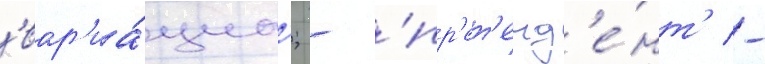
'вар'иа́циа'; - 'пр'ет'енд'е́нт' -